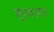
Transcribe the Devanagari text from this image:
शुभवरमान